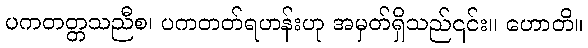
ပကတတ္တသညီစ၊ ပကတတ်ရဟန်းဟု အမှတ်ရှိသည်၎င်း။ ဟောတိ။